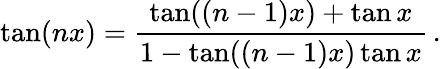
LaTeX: \tan(nx)={\frac{\tan((n-1)x)+\tan x}{1-\tan((n-1)x)\tan x}}\, .